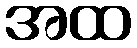
အထ